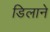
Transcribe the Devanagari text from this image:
डिलाने